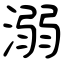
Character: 溺